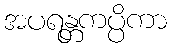
အပရန္တကပ္ပိကာ